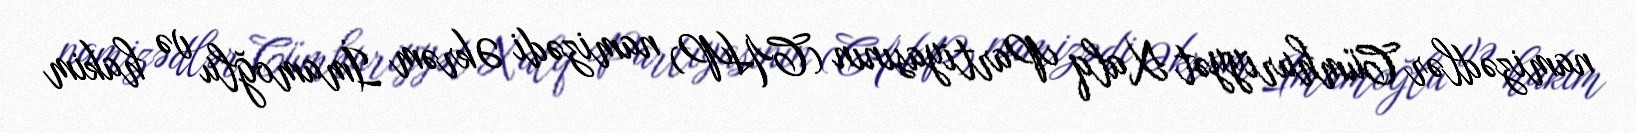
namizədlər Cümhuriyyət Xalq Partiyasının (CHP) namizədi Əkrəm İmamoğlu və hakim